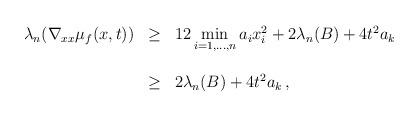
LaTeX: \begin{align*}\begin{array}{rcl}\lambda_n(\nabla_{xx}\mu_f(x,t))&\ge& 12\displaystyle \min_{i=1,\ldots,n} a_i x_i^2 +2 \lambda_n(B) +4 t^2 a_k\\&&\\ & \ge & 2 \lambda_n(B) + 4 t^2 a_k\,, \end{array}\end{align*}